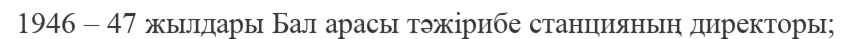
1946 – 47 жылдары Бал арасы тәжірибе станцияның директоры;